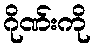
ဂိုဏ်းကို